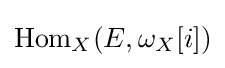
\operatorname {Hom} _{X}(E,\omega _{X}[i])